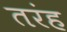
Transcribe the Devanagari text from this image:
तरंह